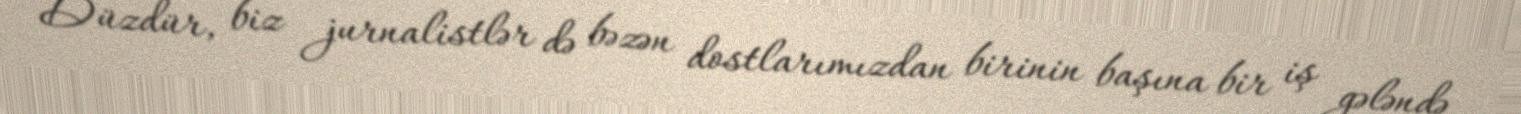
Düzdür, biz jurnalistlər də bəzən dostlarımızdan birinin başına bir iş gələndə